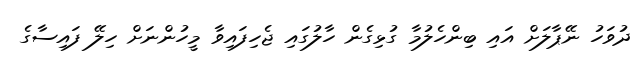
ދުވަހު ނޭޕާލަށް އައި ބިންހެލުމާ ގުޅިގެން ހާލުގައި ޖެހިފައިވާ މީހުންނަށް ހިލޭ ފައިސާގެ